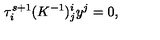
\tau _ { i } ^ { s + 1 } ( K ^ { - 1 } ) _ { j } ^ { i } y ^ { j } = 0 ,